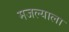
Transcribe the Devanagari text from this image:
मजल्याला